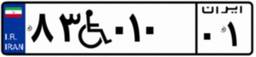
۸۳W۰۱۰۰۱